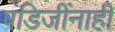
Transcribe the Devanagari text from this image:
पंडिजींनाही